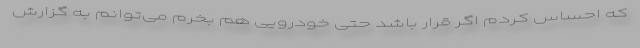
که احساس کردم اگر قرار باشد حتی خودرویی هم بخرم می‌توانم به گزارش